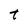
Character: t